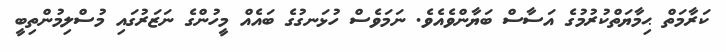
ކަރާމަތް ޙިމާޔަތްކުރުމުގެ އަސާސް ބަޔާންވެއެވެ. ނަމަވެސް ހުޅަނގުގެ ބައެއް މީހުންގެ ނަޒަރުގައި މުސްލިމުންތިބީ